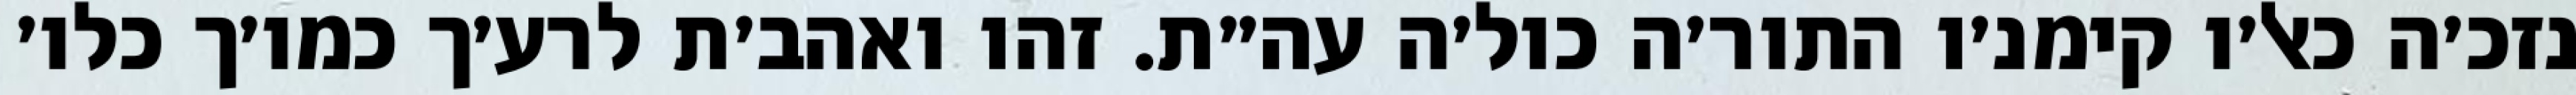
נזכ׳ה כאל׳ו קימנ׳ו התור׳ה כול׳ה עה״ת. זהו ואהב׳ת לרע׳ך כמו׳ך כלו׳